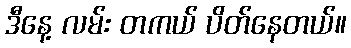
ဒီနေ့ လမ်း တကယ် ပိတ်နေတယ်။